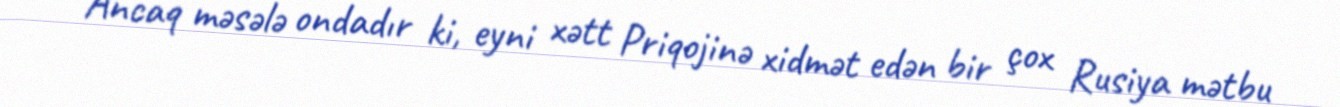
Ancaq məsələ ondadır ki, eyni xətt Priqojinə xidmət edən bir çox Rusiya mətbu